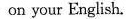
on your English.